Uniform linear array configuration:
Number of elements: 12
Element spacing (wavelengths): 1
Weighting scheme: uniform
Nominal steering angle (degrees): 0
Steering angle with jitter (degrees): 0.7683
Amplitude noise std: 0.05
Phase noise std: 0.05

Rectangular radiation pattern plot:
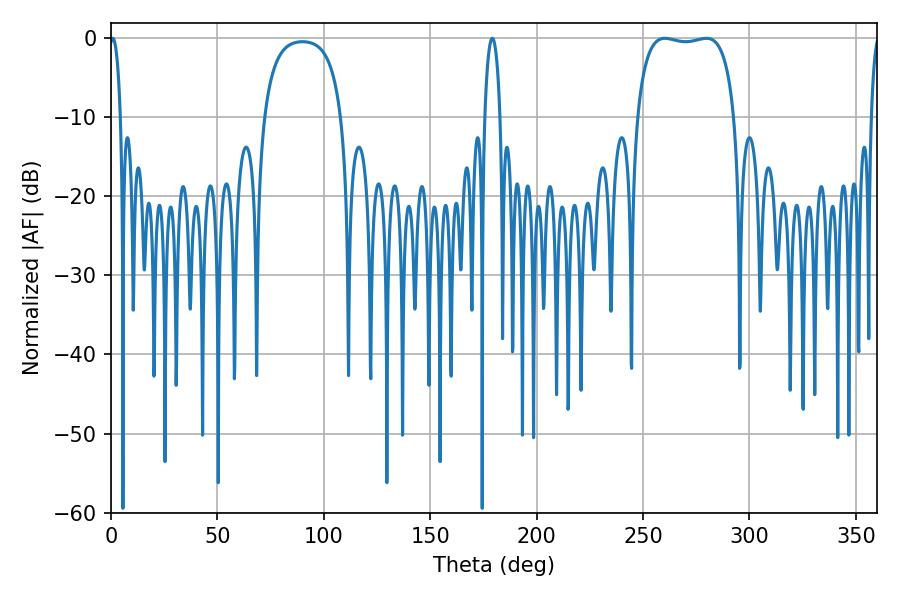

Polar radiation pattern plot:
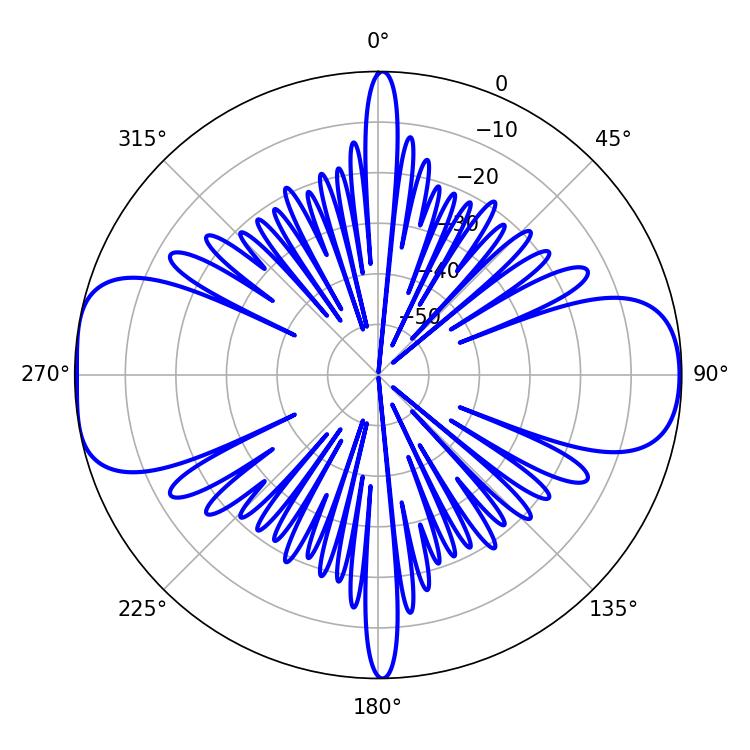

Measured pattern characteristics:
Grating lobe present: TRUE
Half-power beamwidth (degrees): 36.72
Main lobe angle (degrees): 260.28